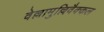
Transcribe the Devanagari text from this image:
वेल्लामुल्लिवैक्कल